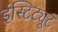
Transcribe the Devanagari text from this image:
इंस्टिट्यूट